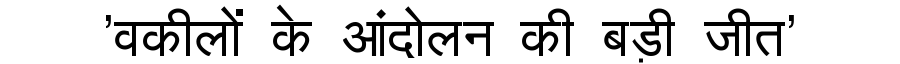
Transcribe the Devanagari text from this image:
'वकीलों के आंदोलन की बड़ी जीत'